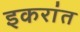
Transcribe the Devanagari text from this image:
इकरांत